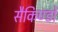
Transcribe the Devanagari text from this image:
सैकिण्डों